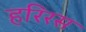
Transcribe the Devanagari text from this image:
हरिरस